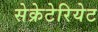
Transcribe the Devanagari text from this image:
सेक्रेटेरियेट